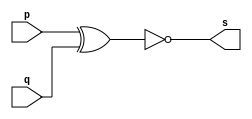
// Guia0103 - XNOR
// Nome: Pedro Tronbin
// -------------------

// ------------------- 


// -------------------
// -- xnor gate
// -------------------

module xnorgate(output s, input p, q);

assign s = ( ~ ( p ^ q ) );

endmodule // xnorgate

// -------------------
// -- test xnorgate
// ------------------- 

module testxnorgate;

reg a, b;
wire s;

xnorgate XNOR1(s, a, b);

initial begin: start

a=0; b=0;

end

initial begin: main

$display("Guia01 - Exercicio 03 - Pedro Tronbin - 410473");
$display("TEST XNOR GATE: ");
$display("\n( ~ ( a ^ b ) ) = s");
$monitor("( ~ ( %b ^ %b ) ) = %b", a, b, s);
#1 a=0; b=0;
#1 a=0; b=1;
#1 a=1; b=0;
#1 a=1; b=1;

end

endmodule // testxnorgate

//-----  SAIDA
//
// Guia01 - Exercicio 03 - Pedro Tronbin - 410473
// TEST XNOR GATE: 
//
// ( ~ ( a ^ b ) ) = s
// ( ~ ( 0 ^ 0 ) ) = 1
// ( ~ ( 0 ^ 1 ) ) = 0
// ( ~ ( 1 ^ 0 ) ) = 0
// ( ~ ( 1 ^ 1 ) ) = 1